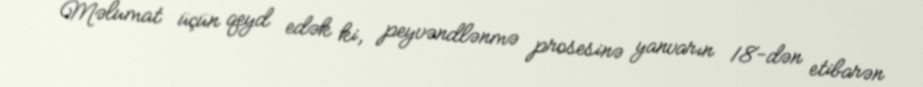
Məlumat üçün qeyd edək ki, peyvəndlənmə prosesinə yanvarın 18-dən etibarən